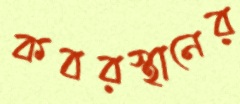
কবরস্থানের